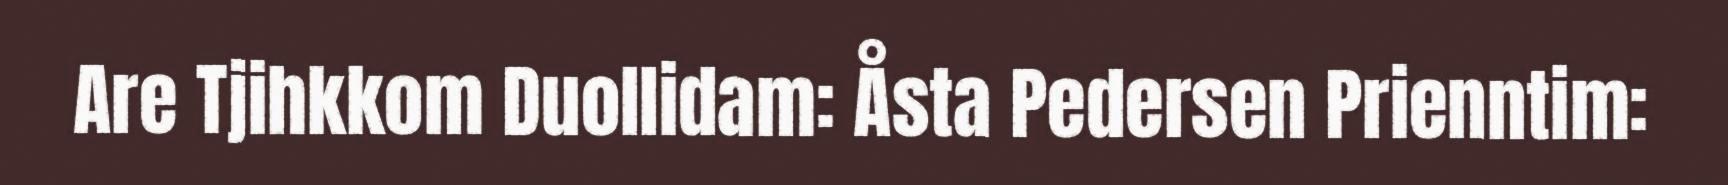
Are Tjihkkom Duollidam: Åsta Pedersen Prienntim: